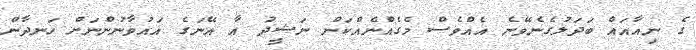
ގެ ނިއާއައް ބަދަލުގެނެވޭނެ އެއްވެސް މެގެއްނެއްކަން ނަޝީދު އާ އޭނަގެ އައުވާނުންނަށް ހަނދާން